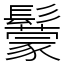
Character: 䰒